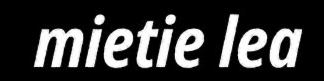
mietie lea